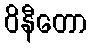
ဝိနီတော